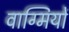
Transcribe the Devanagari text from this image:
वाग्मियों